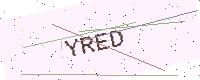
Text: YRED